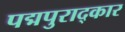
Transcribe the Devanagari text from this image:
पद्मपुराद्कार